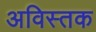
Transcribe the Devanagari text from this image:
अविस्तक